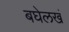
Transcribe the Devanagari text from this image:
बघेलखं